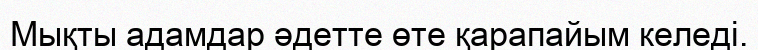
Мықты адамдар әдетте өте қарапайым келеді.